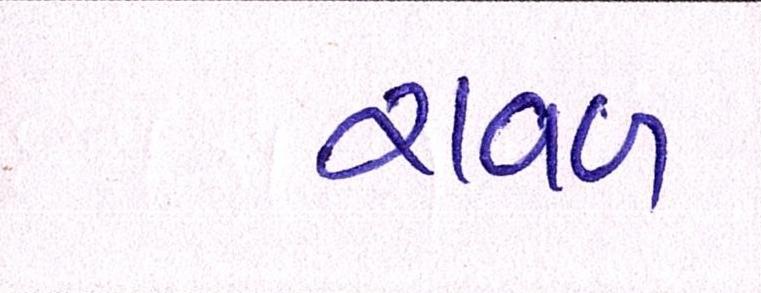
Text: રાવળ